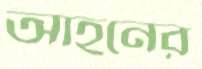
আহনের